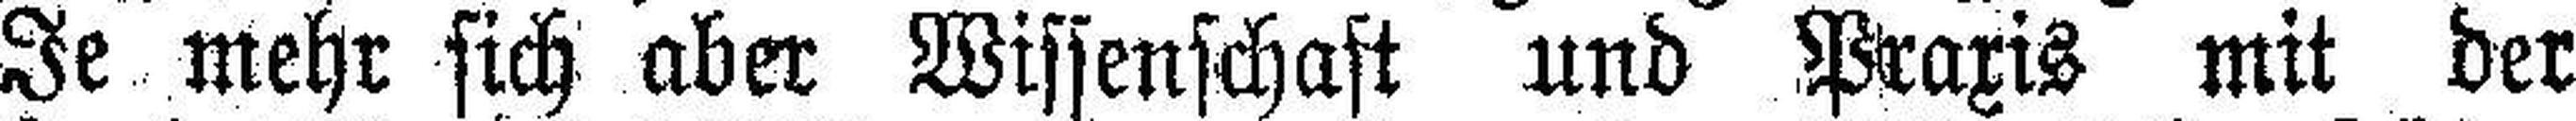
Je mehr sich aber Wissenschaft und Praxis mit der